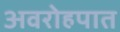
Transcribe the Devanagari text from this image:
अवरोहपात